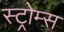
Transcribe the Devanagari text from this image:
स्ट्रोम्स